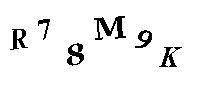
R7SM9K